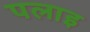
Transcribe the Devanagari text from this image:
पलाइ